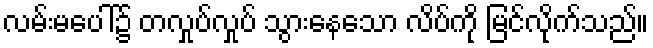
လမ်းမပေါ်၌ တလှုပ်လှုပ် သွားနေသော လိပ်ကို မြင်လိုက်သည်။